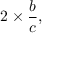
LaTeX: \quad 2 \times { \frac { b } { c } } , \quad